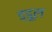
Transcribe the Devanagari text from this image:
ड्डूल